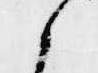
候